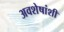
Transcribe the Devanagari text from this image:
अवशेषांशी